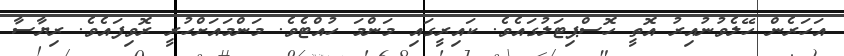
އަހަރެން ހޭލެވުނުއިރު އޮތީ ހޮސްޕިޓަލުގައެވެ. ކައިރީގައި މަންމަ ހުއްޓެވެ. މަންމައަށްހުރީ ރޮވިފައެވެ. ރިޔާސާ